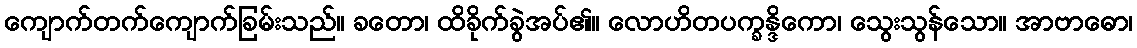
ကျောက်တက်ကျောက်ခြမ်းသည်။ ခတော၊ ထိခိုက်ခွဲအပ်၏။ လောဟိတပက္ခန္ဒိကော၊ သွေးသွန်သော။ အာဗာဓော၊